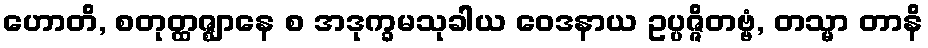
ဟောတိ, စတုတ္ထဇ္ဈာနေ စ အဒုက္ခမသုခါယ ဝေဒနာယ ဥပ္ပဇ္ဇိတဗ္ဗံ, တသ္မာ တာနိ